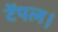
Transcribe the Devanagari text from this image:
टेंपल।